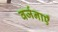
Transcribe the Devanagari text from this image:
वर्जनाएँ